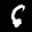
Label: 6